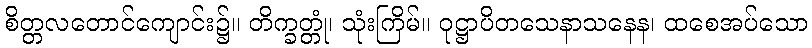
စိတ္တလတောင်ကျောင်း၌။ တိက္ခတ္တုံ၊ သုံးကြိမ်။ ဝုဋ္ဌာပိတသေနာသနေန၊ ထစေအပ်သော